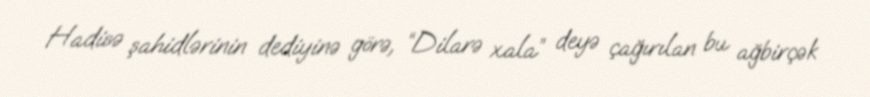
Hadisə şahidlərinin dediyinə görə, “Dilarə xala” deyə çağırılan bu ağbirçək